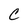
Character: c